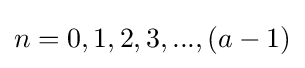
n={0,1,2,3,...,(a-1)}